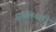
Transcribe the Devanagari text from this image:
अवलियाची